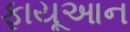
ફાયૂઆન